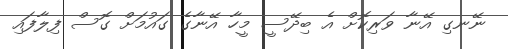
ނޭނގި އޭނާ ވަރިކޮށް އެ ބިދޭސީ މީހާ އޭނާގެ ގައުމަށް ގޮސް ފިލާފައި